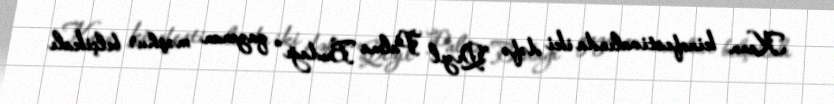
Kann kinofestivalında iki dəfə "Qızıl Palma Budağı" qazanan məşhur belçikalı